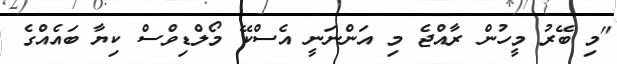
"މި ބޭރު މީހުން ރާއްޖެ މި އަންނަނީ އެސްކޭ މޯލްޑިވްސް ކިޔާ ބައެއްގެ